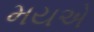
મયએ